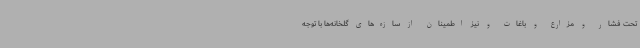
تحت فشار و مزارع و باغات و نیز اطمینان از سازه‌های گلخانه‌ها با توجه